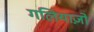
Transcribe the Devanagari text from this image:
गलियाज़ो